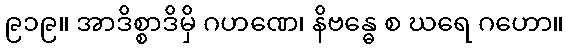
၉၁၉။ အာဒိစ္စာဒိမှိ ဂဟဏေ၊ နိဗန္ဓေ စ ဃရေ ဂဟော။